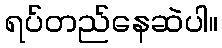
ရပ်တည်နေဆဲပါ။